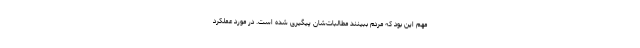
مهم این بود که مردم ببینند مطالبات‌شان پیگیری شده است. در مورد عملکرد